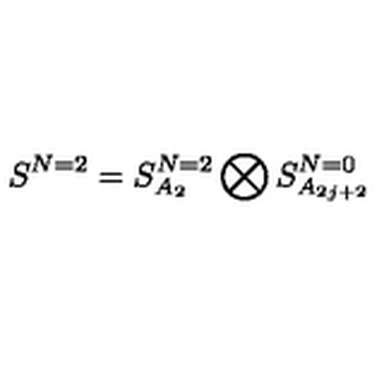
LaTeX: S ^ { N = 2 } = S _ { A _ { 2 } } ^ { N = 2 } \bigotimes S _ { A _ { 2 j + 2 } } ^ { N = 0 }